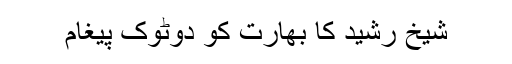
شیخ رشید کا بھارت کو دوٹوک پیغام